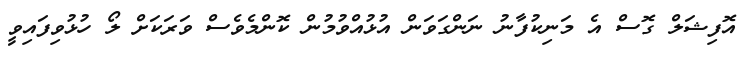
އޮފިޝަލް ގޮސް އެ މަނިކުފާނު ނަންގަވަން އުޅުއްވުމުން ކޮންމެވެސް ވަރަކަށް ލޯ ހުޅުވިފައިވީ